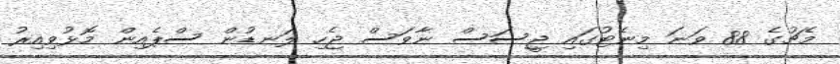
މެޗުގެ 88 ވަނަ މިނެޓުގައި ޖީސަސް ނާވަސް ޖެހި ލަނޑުން ސްޕެއިން މޮޅުވިއިރު